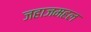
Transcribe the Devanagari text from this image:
जहाजमहल